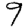
Digit: 9